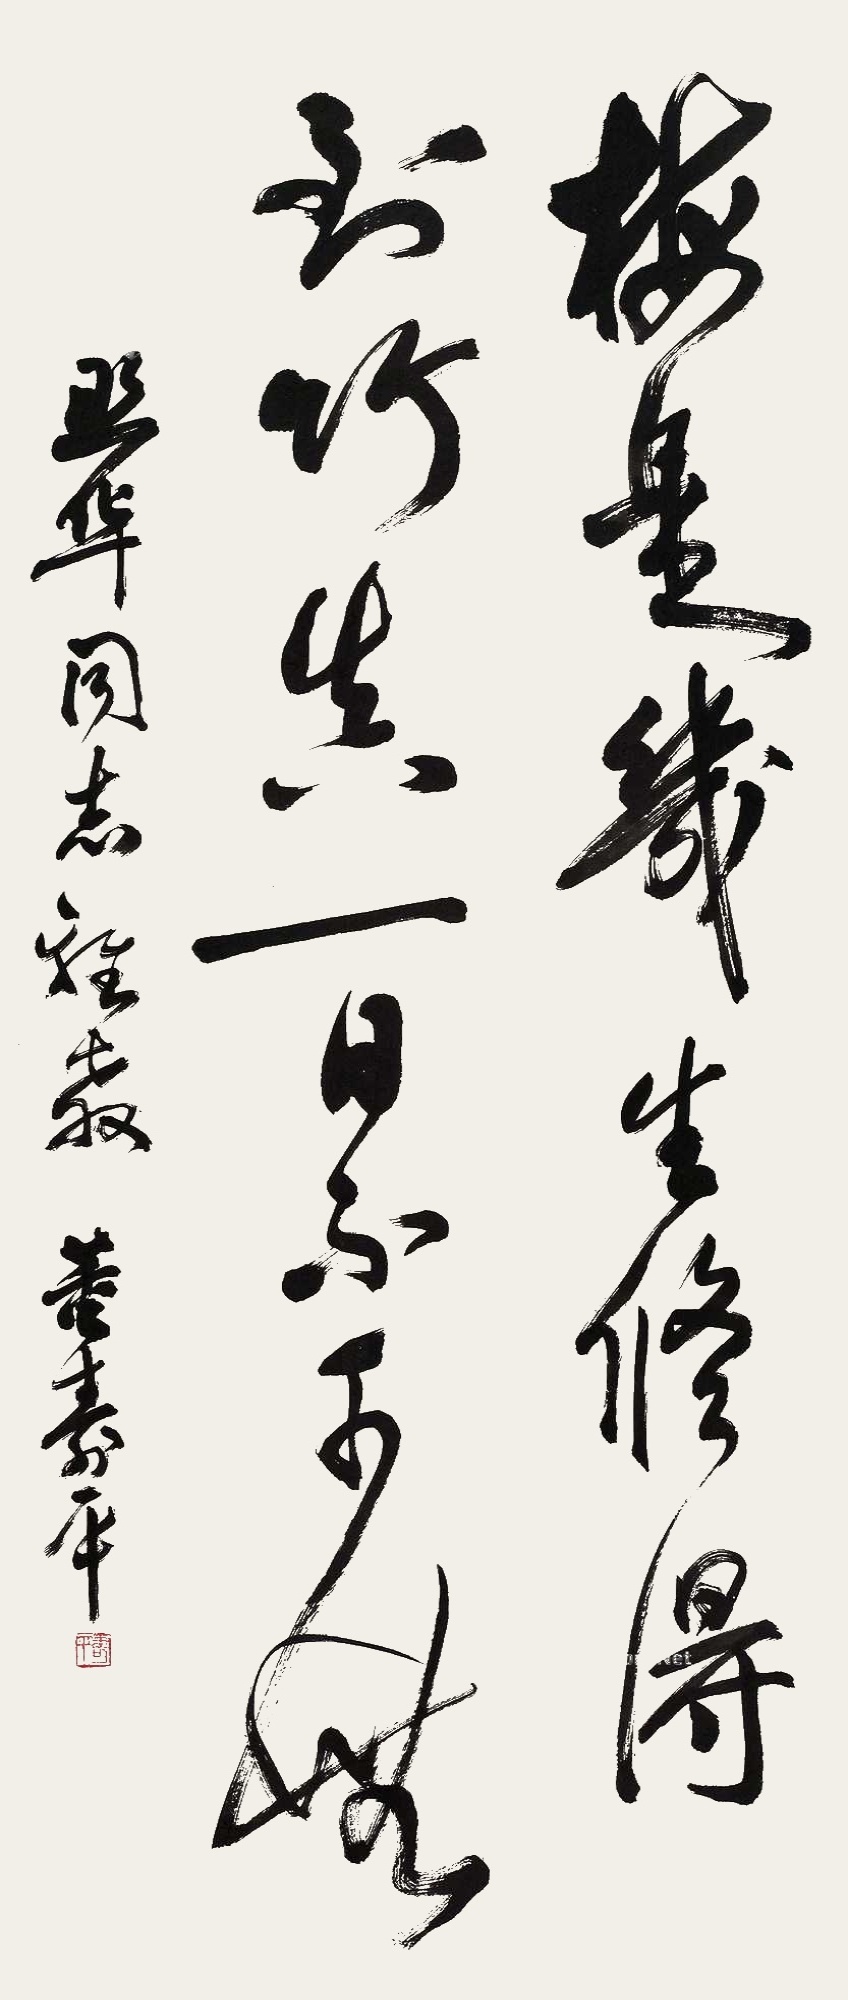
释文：梅是几生修得到，竹真一日不可无。照华同志雅教，董寿平。